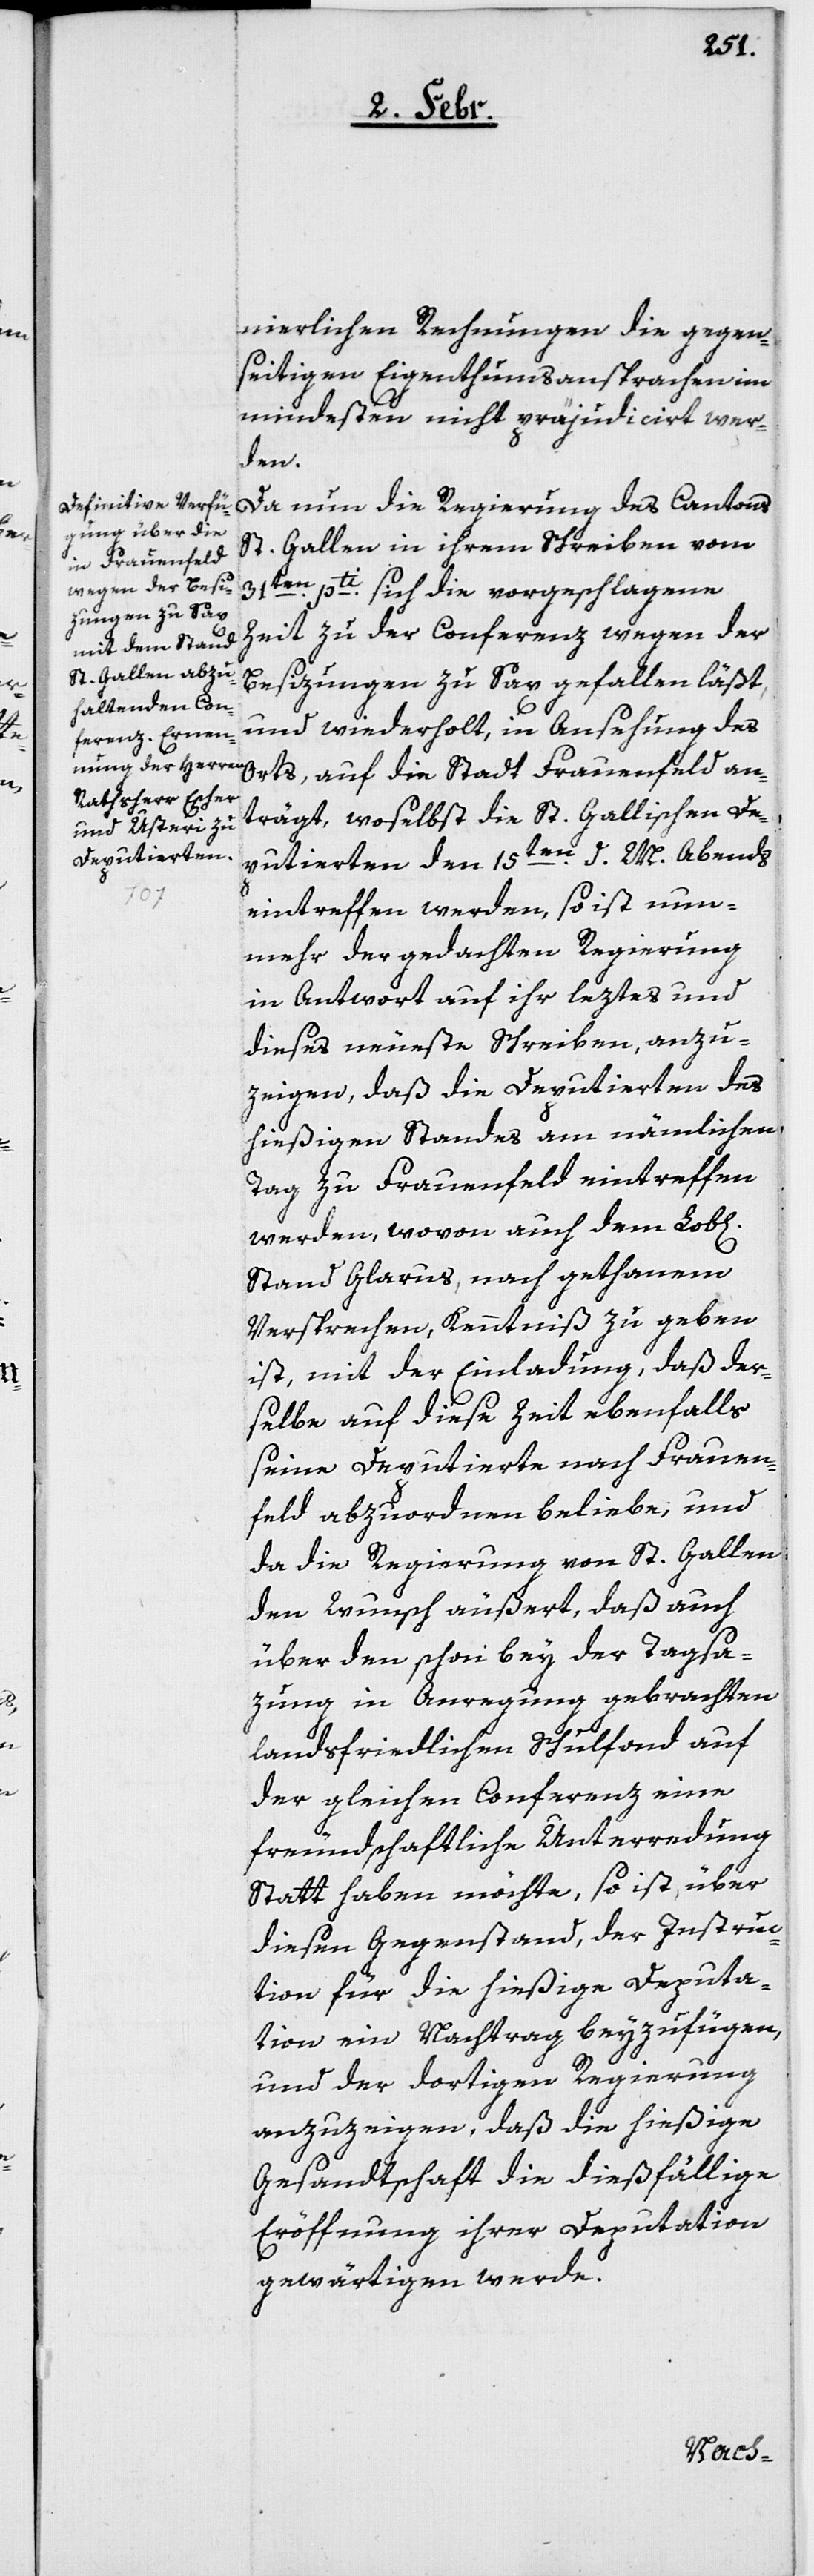
nierlichen Rechnungen die gegen¬
seitigen Eigenthumsansprachen im
mindesten nicht präjudicirt wer¬
chen]
Da nun die Regierung des Cantons
St. Gallen in ihrem Schreiben vom
31ten. pti. sich die vorgeschlagene
Zeit zu der Conferenz wegen der
Besizungen zu Sax gefallen läßt,
und wiederholt in Ansehung des
Orts, auf die Stadt Frauenfeld an¬
trägt, woselbst die St. Gallischen De¬
putierten den 15ten. d. M. Abends
eintreffen werden, so ist nun¬
mehr der gedachten Regierung
in Antwort auf ihr leztes und
dieses neueste Schreiben, anzu¬
zeigen, daß die Deputierten des
hießigen Standes am nämlichen
Tag zu Frauenfeld eintreffen
werden, wovon auch dem Lob[li¬
Stand Glarus, nach gethanem
Versprechen, Kenntniß zu geben
ist, mit der Einladung, daß der¬
selbe auf diese Zeit ebenfalls
seine Deputierte nach Frauen¬
feld abzuordnen beliebe; und
da die Regierung von St. Gallen
den Wunsch äußert, daß auch
über den schon bey der Tagsa¬
zung in Anregung gebrachten
landsfriedlichen Schulfonds auf
der gleichen Conferenz eine
freundschaftliche Unterredung
Statt haben möchte, so ist, über
diesen Gegenstand, der Instruc¬
tion für die hießige Deputa¬
tion ein Nachtrag beyzufügen,
und der dortigen Regierung
anzuzeigen, daß die hießige
Gesandtschaft die dießfällige
Eröffnung ihrer Deputation
gewärtigen werde.